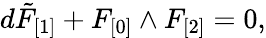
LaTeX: d\tilde{F}_{[1]}+F_{[0]}\wedge F_{[2]}=0,